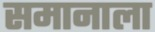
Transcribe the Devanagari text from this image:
समानाला